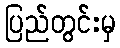
ပြည်တွင်းမှ